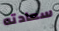
سعادته